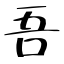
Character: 吾